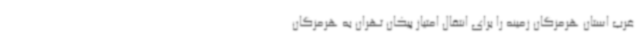
غرب استان هرمزگان زمینه را برای انتقال امتیاز پیکان تهران به هرمزگان